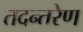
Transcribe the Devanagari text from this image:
तदन्तरेण